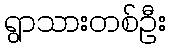
ရွာသားတစ်ဦး